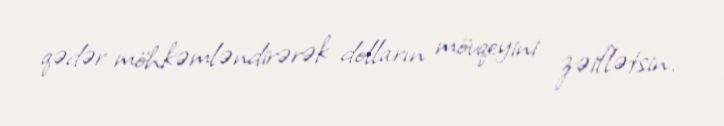
qədər möhkəmləndirərək dolların mövqeyini zəiflətsin.